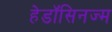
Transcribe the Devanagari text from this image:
हेडॉसिनज्म